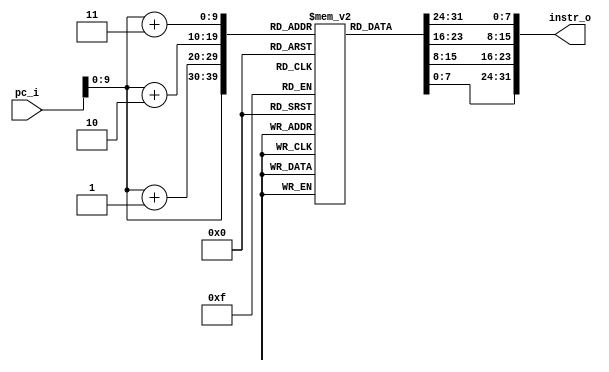
module inst_rom(
    input [63:0] pc_i,
    output [31:0] instr_o
);

    reg[7:0] instr_mem[1023:0];

    initial begin
        // addi t0,zero,1
        instr_mem[0] = 8'h93;
        instr_mem[1] = 8'h02;
        instr_mem[2] = 8'h10;
        instr_mem[3] = 8'h00;
        // addi t1,zero,111
        instr_mem[4] = 8'h13;
        instr_mem[5] = 8'h03;
        instr_mem[6] = 8'hf0;
        instr_mem[7] = 8'h06;
        // add t2,t0,t1
        instr_mem[8] = 8'hb3;
        instr_mem[9] = 8'h83;
        instr_mem[10] = 8'h62;
        instr_mem[11] = 8'h00;
        
        // li t3,4097
        // lui x28,1
        instr_mem[12] = 8'h37;
        instr_mem[13] = 8'h1e;
        instr_mem[14] = 8'h00;
        instr_mem[15] = 8'h00;
        // addi x28,x28,1
        instr_mem[16] = 8'h13;
        instr_mem[17] = 8'h0e;
        instr_mem[18] = 8'h1e;
        instr_mem[19] = 8'h00;
        // li t4,1234567891
        // lui x29,301408
        instr_mem[20] = 8'hb7;
        instr_mem[21] = 8'h0e;
        instr_mem[22] = 8'h96;
        instr_mem[23] = 8'h49;
        // addi x29 x29 723
        instr_mem[24] = 8'h93;
        instr_mem[25] = 8'h8e;
        instr_mem[26] = 8'h3e;
        instr_mem[27] = 8'h2d;
        // add t5,t4,t3
        instr_mem[28] = 8'h33;
        instr_mem[29] = 8'h8f;
        instr_mem[30] = 8'hce;
        instr_mem[31] = 8'h01;
        // auipc t6,1
        
        // ,
        // pc + 4096
        
        instr_mem[32] = 8'h97;
        instr_mem[33] = 8'h1f;
        instr_mem[34] = 8'h00;
        instr_mem[35] = 8'h00;
        // beq t0,t1,8
        instr_mem[36] = 8'h63;
        instr_mem[37] = 8'h84;
        instr_mem[38] = 8'h62;
        instr_mem[39] = 8'h00;
        // bne t0,t1,8
        instr_mem[40] = 8'h63;
        instr_mem[41] = 8'h94;
        instr_mem[42] = 8'h62;
        instr_mem[43] = 8'h00;
        // nop 
        instr_mem[44] = 8'h13;
        instr_mem[45] = 8'h00;
        instr_mem[46] = 8'h00;
        instr_mem[47] = 8'h00;
        // addi x1,x0,-1
        instr_mem[48] = 8'h93;
        instr_mem[49] = 8'h00;
        instr_mem[50] = 8'hf0;
        instr_mem[51] = 8'hff;
        // addi x2,x0,1
        instr_mem[52] = 8'h13;
        instr_mem[53] = 8'h01;
        instr_mem[54] = 8'h10;
        instr_mem[55] = 8'h00;
        // bge x1,x2,8
        instr_mem[56] = 8'h63;
        instr_mem[57] = 8'hd4;
        instr_mem[58] = 8'h20;
        instr_mem[59] = 8'h00;
        // blt x1,x2,8
        instr_mem[60] = 8'h63;
        instr_mem[61] = 8'hc4;
        instr_mem[62] = 8'h20;
        instr_mem[63] = 8'h00;
        // nop
        instr_mem[64] = 8'h13;
        instr_mem[65] = 8'h00;
        instr_mem[66] = 8'h00;
        instr_mem[67] = 8'h00;
        // addi x3 x0 20
        instr_mem[68] = 8'h93;
        instr_mem[69] = 8'h01;
        instr_mem[70] = 8'h40;
        instr_mem[71] = 8'h01;
        // addi x4 x0 19
        instr_mem[72] = 8'h13;
        instr_mem[73] = 8'h02;
        instr_mem[74] = 8'h30;
        instr_mem[75] = 8'h01;
        // bltu x3 x4 8
        instr_mem[76] = 8'h63;
        instr_mem[77] = 8'he4;
        instr_mem[78] = 8'h41;
        instr_mem[79] = 8'h00;
        // bgeu x3 x4 8
        instr_mem[80] = 8'h63;
        instr_mem[81] = 8'hf4;
        instr_mem[82] = 8'h41;
        instr_mem[83] = 8'h00;
        // nop
        instr_mem[84] = 8'h13;
        instr_mem[85] = 8'h00;
        instr_mem[86] = 8'h00;
        instr_mem[87] = 8'h00;
        // li x5 4042322160
        // lui x5 986895
        instr_mem[88] = 8'hb7;
        instr_mem[89] = 8'hf2;
        instr_mem[90] = 8'hf0;
        instr_mem[91] = 8'hf0;
        // addi x5 x5 240
        instr_mem[92] = 8'h93;
        instr_mem[93] = 8'h82;
        instr_mem[94] = 8'h02;
        instr_mem[95] = 8'h0f;
        // sd x5 8(x0)
        instr_mem[96] = 8'h23;
        instr_mem[97] = 8'h34;
        instr_mem[98] = 8'h50;
        instr_mem[99] = 8'h00;
        // lb x6 8(x0)
        instr_mem[100] = 8'h03;
        instr_mem[101] = 8'h03;
        instr_mem[102] = 8'h80;
        instr_mem[103] = 8'h00;
        // lbu x7 8(x0)
        instr_mem[104] = 8'h83;
        instr_mem[105] = 8'h43;
        instr_mem[106] = 8'h80;
        instr_mem[107] = 8'h00;
        // lh x8 8(x0)
        instr_mem[108] = 8'h03;
        instr_mem[109] = 8'h14;
        instr_mem[110] = 8'h80;
        instr_mem[111] = 8'h00;
        // lhu x9 8(x0)
        instr_mem[112] = 8'h83;
        instr_mem[113] = 8'h54;
        instr_mem[114] = 8'h80;
        instr_mem[115] = 8'h00;
        // lw x10 8(x0)
        instr_mem[116] = 8'h03;
        instr_mem[117] = 8'h25;
        instr_mem[118] = 8'h80;
        instr_mem[119] = 8'h00;
        // lwu x11 8(x0)
        instr_mem[120] = 8'h83;
        instr_mem[121] = 8'h65;
        instr_mem[122] = 8'h80;
        instr_mem[123] = 8'h00;
        // ld x12 8(x0)
        instr_mem[124] = 8'h03;
        instr_mem[125] = 8'h36;
        instr_mem[126] = 8'h80;
        instr_mem[127] = 8'h00;
        // addi x13 x0 160
        instr_mem[128] = 8'h93;
        instr_mem[129] = 8'h06;
        instr_mem[130] = 8'h00;
        instr_mem[131] = 8'h0A;
        // sb x13 8(x0)
        instr_mem[132] = 8'h23;
        instr_mem[133] = 8'h04;
        instr_mem[134] = 8'hd0;
        instr_mem[135] = 8'h00;
        // lui x14 10
        instr_mem[136] = 8'h37;
        instr_mem[137] = 8'hA7;
        instr_mem[138] = 8'h00;
        instr_mem[139] = 8'h00;
        // addi x14 x14 176
        instr_mem[140] = 8'h13;
        instr_mem[141] = 8'h07;
        instr_mem[142] = 8'h07;
        instr_mem[143] = 8'h0B;
        // sh x14 8(x0)
        instr_mem[144] = 8'h23;
        instr_mem[145] = 8'h14;
        instr_mem[146] = 8'he0;
        instr_mem[147] = 8'h00;
        // lui x15 658118
        instr_mem[148] = 8'hb7;
        instr_mem[149] = 8'hc7;
        instr_mem[150] = 8'hb0;
        instr_mem[151] = 8'ha0;
        // addi x15 x15 208
        instr_mem[152] = 8'h93;
        instr_mem[153] = 8'h87;
        instr_mem[154] = 8'h07;
        instr_mem[155] = 8'h0d;
        // sw x15 8(x0)
        instr_mem[156] = 8'h23;
        instr_mem[157] = 8'h24;
        instr_mem[158] = 8'hf0;
        instr_mem[159] = 8'h00;

        // lui t0,0xff0f1
        instr_mem[160] = 8'hb7;
        instr_mem[161] = 8'h12;
        instr_mem[162] = 8'h0f;
        instr_mem[163] = 8'hff;

        // addiw t0,t0,-241
        instr_mem[164] = 8'h9b;
        instr_mem[165] = 8'h82;
        instr_mem[166] = 8'hf2;
        instr_mem[167] = 8'hf0;

        // slli t0,t0,0xc
        instr_mem[168] = 8'h93;
        instr_mem[169] = 8'h92;
        instr_mem[170] = 8'hc2;
        instr_mem[171] = 8'h00;

        // addi t0,t0,241
        instr_mem[172] = 8'h93;
        instr_mem[173] = 8'h82;
        instr_mem[174] = 8'h12;
        instr_mem[175] = 8'h0f;

        // slli t0,t0,0xc
        instr_mem[176] = 8'h93;
        instr_mem[177] = 8'h92;
        instr_mem[178] = 8'hc2;
        instr_mem[179] = 8'h00;

        // addi t0,t0,-241
        instr_mem[180] = 8'h93;
        instr_mem[181] = 8'h82;
        instr_mem[182] = 8'hf2;
        instr_mem[183] = 8'hf0;

        // slli t0,t0,0xc
        instr_mem[184] = 8'h93;
        instr_mem[185] = 8'h92;
        instr_mem[186] = 8'hc2;
        instr_mem[187] = 8'h00;
        
        // addi t0,t0,240
        instr_mem[188] = 8'h93;
        instr_mem[189] = 8'h82;
        instr_mem[190] = 8'h02;
        instr_mem[191] = 8'h0f;

        // lui t1,0xfff0f
        instr_mem[192] = 8'h37;
        instr_mem[193] = 8'hf3;
        instr_mem[194] = 8'hf0;
        instr_mem[195] = 8'hff;

        // addiw t1,t1,241
        instr_mem[196] = 8'h1b;
        instr_mem[197] = 8'h03;
        instr_mem[198] = 8'h13;
        instr_mem[199] = 8'h0f;

        // slli t1,t1,0xc
        instr_mem[200] = 8'h13;
        instr_mem[201] = 8'h13;
        instr_mem[202] = 8'hc3;
        instr_mem[203] = 8'h00;

        // addi t1,t1,-241
        instr_mem[204] = 8'h13;
        instr_mem[205] = 8'h03;
        instr_mem[206] = 8'hf3;
        instr_mem[207] = 8'hf0;

        // slli t1,t1,0xc
        instr_mem[208] = 8'h13;
        instr_mem[209] = 8'h13;
        instr_mem[210] = 8'hc3;
        instr_mem[211] = 8'h00;

        // addi t1,t1,241
        instr_mem[212] = 8'h13;
        instr_mem[213] = 8'h03;
        instr_mem[214] = 8'h13;
        instr_mem[215] = 8'h0f;

        // slli t1,t1,0xc
        instr_mem[216] = 8'h13;
        instr_mem[217] = 8'h13;
        instr_mem[218] = 8'hc3;
        instr_mem[219] = 8'h00;
        
        // addi t1,t1,-1
        instr_mem[220] = 8'h13;
        instr_mem[221] = 8'h03;
        instr_mem[222] = 8'hf3;
        instr_mem[223] = 8'hff;

        // slti t2,t1,520
        instr_mem[224] = 8'h93;
        instr_mem[225] = 8'h23;
        instr_mem[226] = 8'h83;
        instr_mem[227] = 8'h20;

        // sltiu t3,t1,520
        instr_mem[228] = 8'h13;
        instr_mem[229] = 8'h3e;
        instr_mem[230] = 8'h83;
        instr_mem[231] = 8'h20;
        
        // addi a1,zero,5
        instr_mem[232] = 8'h93;
        instr_mem[233] = 8'h05;
        instr_mem[234] = 8'h50;
        instr_mem[235] = 8'h00;

        // sltiu t5,a1,6
        instr_mem[236] = 8'h13;
        instr_mem[237] = 8'hbf;
        instr_mem[238] = 8'h65;
        instr_mem[239] = 8'h00;

        // xori t6,t0,-1
        instr_mem[240] = 8'h93;
        instr_mem[241] = 8'hcf;
        instr_mem[242] = 8'hf2;
        instr_mem[243] = 8'hff;

        // ori a6,t0,-1
        instr_mem[244] = 8'h13;
        instr_mem[245] = 8'he8;
        instr_mem[246] = 8'hf2;
        instr_mem[247] = 8'hff;

        // andi t0,a7,0
        instr_mem[248] = 8'h93;
        instr_mem[249] = 8'hf8;
        instr_mem[250] = 8'h02;
        instr_mem[251] = 8'h00;

        // slli s2,t0,0x20
        instr_mem[252] = 8'h13;
        instr_mem[253] = 8'h99;
        instr_mem[254] = 8'h02;
        instr_mem[255] = 8'h02;

        // slli s3,t1,0x3f
        instr_mem[256] = 8'h93;
        instr_mem[257] = 8'h19;
        instr_mem[258] = 8'hf3;
        instr_mem[259] = 8'h03;

        // srli s4,t0,0x20
        instr_mem[260] = 8'h13;
        instr_mem[261] = 8'hda;
        instr_mem[262] = 8'h02;
        instr_mem[263] = 8'h02;

        // srli s5,t0,0x3f
        instr_mem[264] = 8'h93;
        instr_mem[265] = 8'hda;
        instr_mem[266] = 8'hf2;
        instr_mem[267] = 8'h03;

        // srai s6,t0,0x20
        instr_mem[268] = 8'h13;
        instr_mem[269] = 8'hdb;
        instr_mem[270] = 8'h02;
        instr_mem[271] = 8'h42;

        // srai s7,t0,0x3f
        instr_mem[272] = 8'h93;
        instr_mem[273] = 8'hdb;
        instr_mem[274] = 8'hf2;
        instr_mem[275] = 8'h43;

        // add s8,t0,t1
        instr_mem[276] = 8'h33;
        instr_mem[277] = 8'h8c;
        instr_mem[278] = 8'h62;
        instr_mem[279] = 8'h00;

        // sub s9,t0,t1
        instr_mem[280] = 8'hb3;
        instr_mem[281] = 8'h8c;
        instr_mem[282] = 8'h62;
        instr_mem[283] = 8'h40;

        // addi ra,zero,20
        instr_mem[284] = 8'h93;
        instr_mem[285] = 8'h00;
        instr_mem[286] = 8'h00;
        instr_mem[287] = 8'h02;

        // sll s10,t0,ra
        instr_mem[288] = 8'h33;
        instr_mem[289] = 8'h9d;
        instr_mem[290] = 8'h12;
        instr_mem[291] = 8'h00;

        // addi ra,zero,63
        instr_mem[292] = 8'h93;
        instr_mem[293] = 8'h00;
        instr_mem[294] = 8'hf0;
        instr_mem[295] = 8'h03;

        // sll s11,t0,ra
        instr_mem[296] = 8'hb3;
        instr_mem[297] = 8'h1d;
        instr_mem[298] = 8'h13;
        instr_mem[299] = 8'h00;

        // slt a0,t0,t1
        instr_mem[300] = 8'h33;
        instr_mem[301] = 8'ha5;
        instr_mem[302] = 8'h62;
        instr_mem[303] = 8'h00;

        // addi a1,zero,5
        instr_mem[304] = 8'h93;
        instr_mem[305] = 8'h05;
        instr_mem[306] = 8'h50;
        instr_mem[307] = 8'h00;

        // addi a2,zero,4
        instr_mem[308] = 8'h13;
        instr_mem[309] = 8'h06;
        instr_mem[310] = 8'h40;
        instr_mem[311] = 8'h00;

        // slt a3,a1,a2
        instr_mem[312] = 8'hb3;
        instr_mem[313] = 8'ha6;
        instr_mem[314] = 8'hc5;
        instr_mem[315] = 8'h00;

        // sltu a4,t0,t1
        instr_mem[316] = 8'h33;
        instr_mem[317] = 8'hb7;
        instr_mem[318] = 8'h62;
        instr_mem[319] = 8'h00;

        // addi a5,zero,6
        instr_mem[320] = 8'h93;
        instr_mem[321] = 8'h07;
        instr_mem[322] = 8'h60;
        instr_mem[323] = 8'h00;
        // addi a6,zero,5
        instr_mem[324] = 8'h13;
        instr_mem[325] = 8'h08;
        instr_mem[326] = 8'h50;
        instr_mem[327] = 8'h00;
        // sltu a7,a5,a6
        instr_mem[328] = 8'hb3;
        instr_mem[329] = 8'hb8;
        instr_mem[330] = 8'h07;
        instr_mem[331] = 8'h01;

        // addi t2,zero,-1
        instr_mem[332] = 8'h93;
        instr_mem[333] = 8'h03;
        instr_mem[334] = 8'hf0;
        instr_mem[335] = 8'hff;

        // xor t3,t2,t0
        instr_mem[336] = 8'h33;
        instr_mem[337] = 8'hce;
        instr_mem[338] = 8'h53;
        instr_mem[339] = 8'h00;
        // xor t4,t1,t0
        instr_mem[340] = 8'hb3;
        instr_mem[341] = 8'hce;
        instr_mem[342] = 8'h63;
        instr_mem[343] = 8'h00;

        // addi a0,zero,32
        instr_mem[344] = 8'h13;
        instr_mem[345] = 8'h05;
        instr_mem[346] = 8'h00;
        instr_mem[347] = 8'h02;
        // addi a1,zero,63
        instr_mem[348] = 8'h93;
        instr_mem[349] = 8'h05;
        instr_mem[350] = 8'hf0;
        instr_mem[351] = 8'h03;
        // srl a2,t0,a0
        instr_mem[352] = 8'h33;
        instr_mem[353] = 8'hd6;
        instr_mem[354] = 8'ha2;
        instr_mem[355] = 8'h00;
        // srl a3,t1,a1
        instr_mem[356] = 8'hb3;
        instr_mem[357] = 8'h56;
        instr_mem[358] = 8'hb3;
        instr_mem[359] = 8'h00;
        
        // sra a5,t0,a0
        instr_mem[360] = 8'hb3;
        instr_mem[361] = 8'hd7;
        instr_mem[362] = 8'ha2;
        instr_mem[363] = 8'h40;
        // sra a6,t0,a1
        instr_mem[364] = 8'h33;
        instr_mem[365] = 8'hd8;
        instr_mem[366] = 8'hb2;
        instr_mem[367] = 8'h40;

        // addi a0,zero,0
        instr_mem[368] = 8'h13;
        instr_mem[369] = 8'h05;
        instr_mem[370] = 8'h00;
        instr_mem[371] = 8'h00;
        // addi a1,zero,-1
        instr_mem[372] = 8'h93;
        instr_mem[373] = 8'h05;
        instr_mem[374] = 8'hf0;
        instr_mem[375] = 8'hff;
        // or a2,t0,a1
        instr_mem[376] = 8'h33;
        instr_mem[377] = 8'he6;
        instr_mem[378] = 8'hb2;
        instr_mem[379] = 8'h00;
        // and a3,t0,a0
        instr_mem[380] = 8'hb3;
        instr_mem[381] = 8'hf6;
        instr_mem[382] = 8'ha2;
        instr_mem[383] = 8'h00;
        
        // jal ra,0x4
        instr_mem[384] = 8'hef;
        instr_mem[385] = 8'h00;
        instr_mem[386] = 8'h40;
        instr_mem[387] = 8'h00;

        // li a2,392
        instr_mem[388] = 8'h13;
        instr_mem[389] = 8'h06;
        instr_mem[390] = 8'h80;
        instr_mem[391] = 8'h18;

        // jalr ra,a2,4
        instr_mem[392] = 8'he7;
        instr_mem[393] = 8'h00;
        instr_mem[394] = 8'h46;
        instr_mem[395] = 8'h00;
        
        // addiw a4,t0,t1
        instr_mem[396] = 8'h3b;
        instr_mem[397] = 8'h87;
        instr_mem[398] = 8'h62;
        instr_mem[399] = 8'h00;
        
        // subw a5,t0,t1
        instr_mem[400] = 8'hbb;
        instr_mem[401] = 8'h87;
        instr_mem[402] = 8'h62;
        instr_mem[403] = 8'h40;

        // addi a0,zero,63
        instr_mem[404] = 8'h13;
        instr_mem[405] = 8'h05;
        instr_mem[406] = 8'hf0;
        instr_mem[407] = 8'h03;
        // sllw a1,t0,a0
        instr_mem[408] = 8'hbb;
        instr_mem[409] = 8'h95;
        instr_mem[410] = 8'ha2;
        instr_mem[411] = 8'h00;

        // sllw a2,t1,a0
        instr_mem[412] = 8'h3b;
        instr_mem[413] = 8'h16;
        instr_mem[414] = 8'ha3;
        instr_mem[415] = 8'h00;

        // srlw a3,t0,a0
        instr_mem[416] = 8'hbb;
        instr_mem[417] = 8'hd6;
        instr_mem[418] = 8'ha2;
        instr_mem[419] = 8'h00;

        // sraw a4,t0,a0
        instr_mem[420] = 8'h3b;
        instr_mem[421] = 8'hd7;
        instr_mem[422] = 8'ha2;
        instr_mem[423] = 8'h40;

        // addiw a5,t0,123
        instr_mem[424] = 8'h9b;
        instr_mem[425] = 8'h87;
        instr_mem[426] = 8'hb2;
        instr_mem[427] = 8'h07;

        // slliw a6,t1,0x1f
        instr_mem[428] = 8'h1b;
        instr_mem[429] = 8'h18;
        instr_mem[430] = 8'hf3;
        instr_mem[431] = 8'h01;

        // srliw a7,t0,0x1f
        instr_mem[432] = 8'h9b;
        instr_mem[433] = 8'hd8;
        instr_mem[434] = 8'hf2;
        instr_mem[435] = 8'h01;

        // sraiw s2,t0,0x1f
        instr_mem[436] = 8'h1b;
        instr_mem[437] = 8'hd9;
        instr_mem[438] = 8'hf2;
        instr_mem[439] = 8'h41;

        // sd t0,0(zero)
        instr_mem[440] = 8'h23;
        instr_mem[441] = 8'h30;
        instr_mem[442] = 8'h50;
        instr_mem[443] = 8'h00;

        // lwu s3,0(zero)
        instr_mem[444] = 8'h83;
        instr_mem[445] = 8'h69;
        instr_mem[446] = 8'h00;
        instr_mem[447] = 8'h00;

        // lw s4,0(zero)
        instr_mem[448] = 8'h03;
        instr_mem[449] = 8'h2a;
        instr_mem[450] = 8'h00;
        instr_mem[451] = 8'h00;

        // ld s5,0(zero)
        instr_mem[452] = 8'h83;
        instr_mem[453] = 8'h3a;
        instr_mem[454] = 8'h00;
        instr_mem[455] = 8'h00;

    end

    assign instr_o = {instr_mem[pc_i + 3],instr_mem[pc_i + 2],instr_mem[pc_i + 1],instr_mem[pc_i]};

endmodule